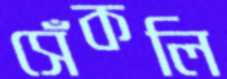
সেঁকলি